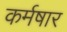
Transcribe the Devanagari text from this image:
कर्मषार